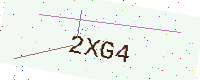
Text: 2XG4